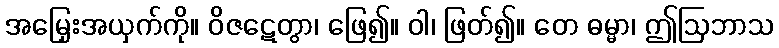
အမြှေးအယှက်ကို။ ဝိဇဋေတွာ၊ ဖြေ၍။ ဝါ၊ ဖြတ်၍။ တေ ဓမ္မာ၊ ဤဩဘာသ